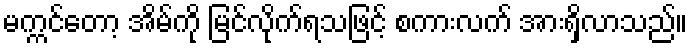
မက္ကင်တော့ အိမ်ကို မြင်လိုက်ရသဖြင့် စကားလက် အားရှိလာသည်။